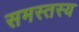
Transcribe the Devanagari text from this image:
समस्तस्य